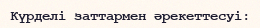
Күрделі заттармен әрекеттесуі: